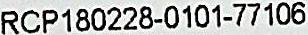
RCP180228-0101-77106